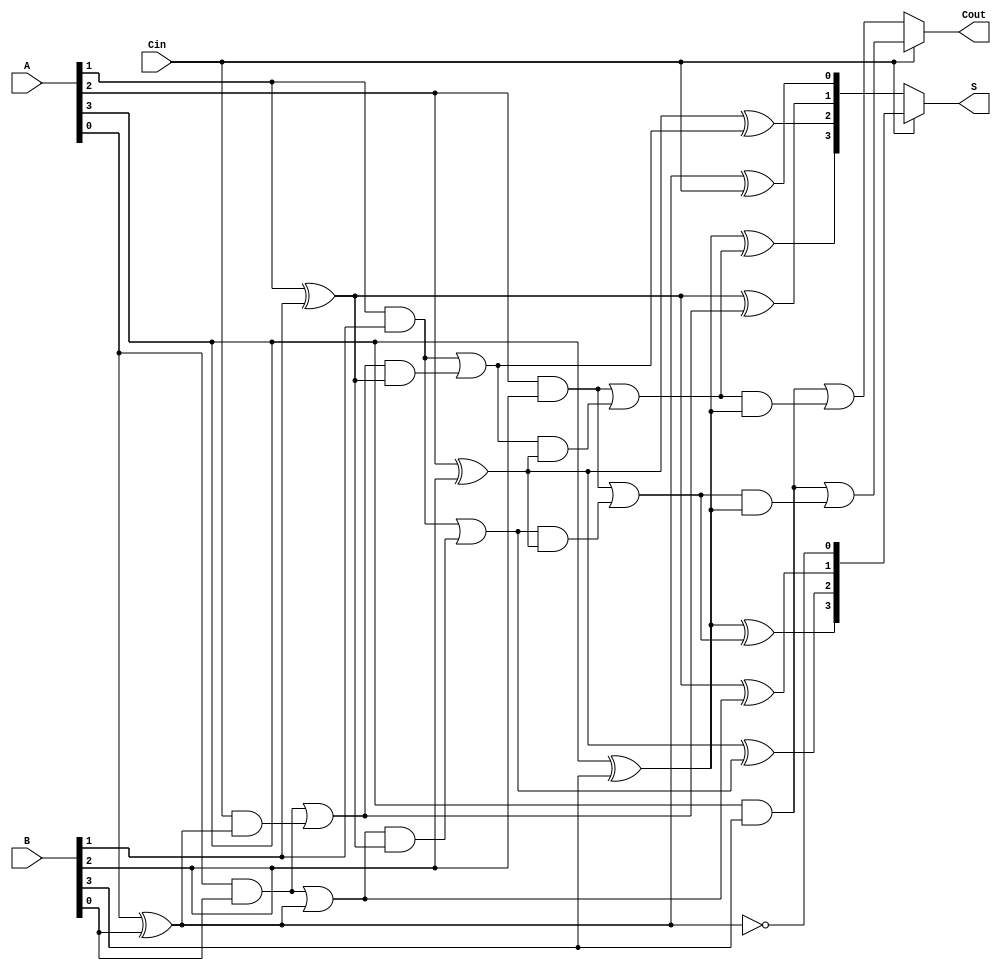
module conditional_sum_adder #(parameter n = 4) (
    input [n-1:0] A, // n-bit input A
    input [n-1:0] B, // n-bit input B
    input Cin,       // Carry-in
    output [n-1:0] S, // n-bit sum output
    output Cout      // Carry-out
);

    wire [n-1:0] S0, S1; // Partial sums with Cin = 0 and Cin = 1
    wire [n:0] C0, C1;   // Carry outputs for both conditions

    // Generate the sum and carry for each bit position
    genvar i;
    generate
        for (i = 0; i < n; i = i + 1) begin : CSA_BIT
            // Sum and carry when Cin = 0
            assign S0[i] = A[i] ^ B[i] ^ C0[i];
            assign C0[i+1] = (A[i] & B[i]) | (C0[i] & (A[i] ^ B[i]));
            
            // Sum and carry when Cin = 1
            assign S1[i] = A[i] ^ B[i] ^ C1[i];
            assign C1[i+1] = (A[i] & B[i]) | (C1[i] & (A[i] ^ B[i]));
        end
    endgenerate

    // Assign carry-in to the first carry output
    assign C0[0] = Cin;
    assign C1[0] = 1'b1; // Carry-in set to 1 for C1

    // Select the appropriate sum and carry out based on Cin
    assign S = Cin ? S1 : S0;
    assign Cout = Cin ? C1[n] : C0[n];

endmodule